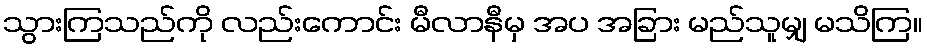
သွားကြသည်ကို လည်းကောင်း မီလာနီမှ အပ အခြား မည်သူမျှ မသိကြ။